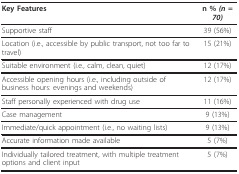
<table><thead><tr><td><b>Key Features</b></td><td><b>n % <i>(n = 70)</i></b></td></tr></thead><tbody><tr><td>Supportive staff</td><td>39 (56%)</td></tr><tr><td>Location (i.e., accessible by public transport, not too far to travel)</td><td>15 (21%)</td></tr><tr><td>Suitable environment (i.e., calm, clean, quiet)</td><td>12 (17%)</td></tr><tr><td>Accessible opening hours (i.e., including outside of business hours: evenings and weekends)</td><td>12 (17%)</td></tr><tr><td>Staff personally experienced with drug use</td><td>11 (16%)</td></tr><tr><td>Case management</td><td>9 (13%)</td></tr><tr><td>Immediate/quick appointment (i.e., no waiting lists)</td><td>9 (13%)</td></tr><tr><td>Accurate information made available</td><td>5 (7%)</td></tr><tr><td>Individually tailored treatment, with multiple treatment options and client input</td><td>5 (7%)</td></tr></tbody></table>